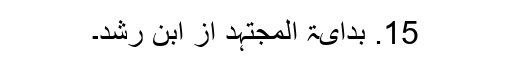
15. بدایۃ المجتہد از ابن رشد۔